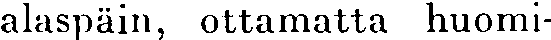
alaspäin, ottamatta huomi-